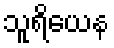
သူရိယေန